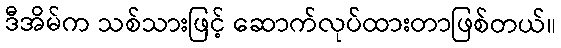
ဒီအိမ်က သစ်သားဖြင့် ဆောက်လုပ်ထားတာဖြစ်တယ်။